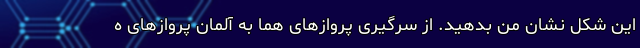
این شکل نشان من بدهید. از سرگیری پروازهای هما به آلمان پروازهای ه